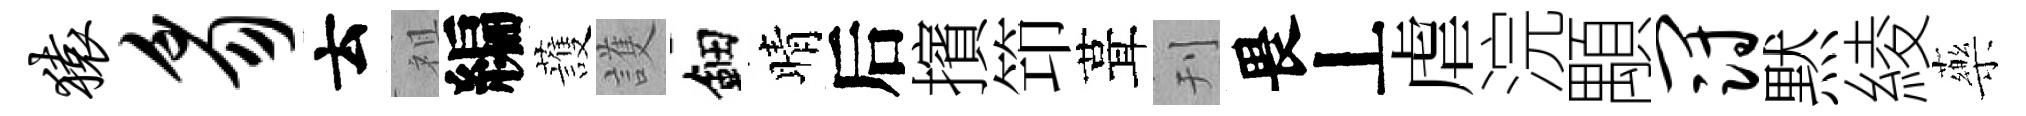
猿豸云祖編䕶護鈿晴后擯笻葺刊畏丄虐浣顒冠黙綾藥